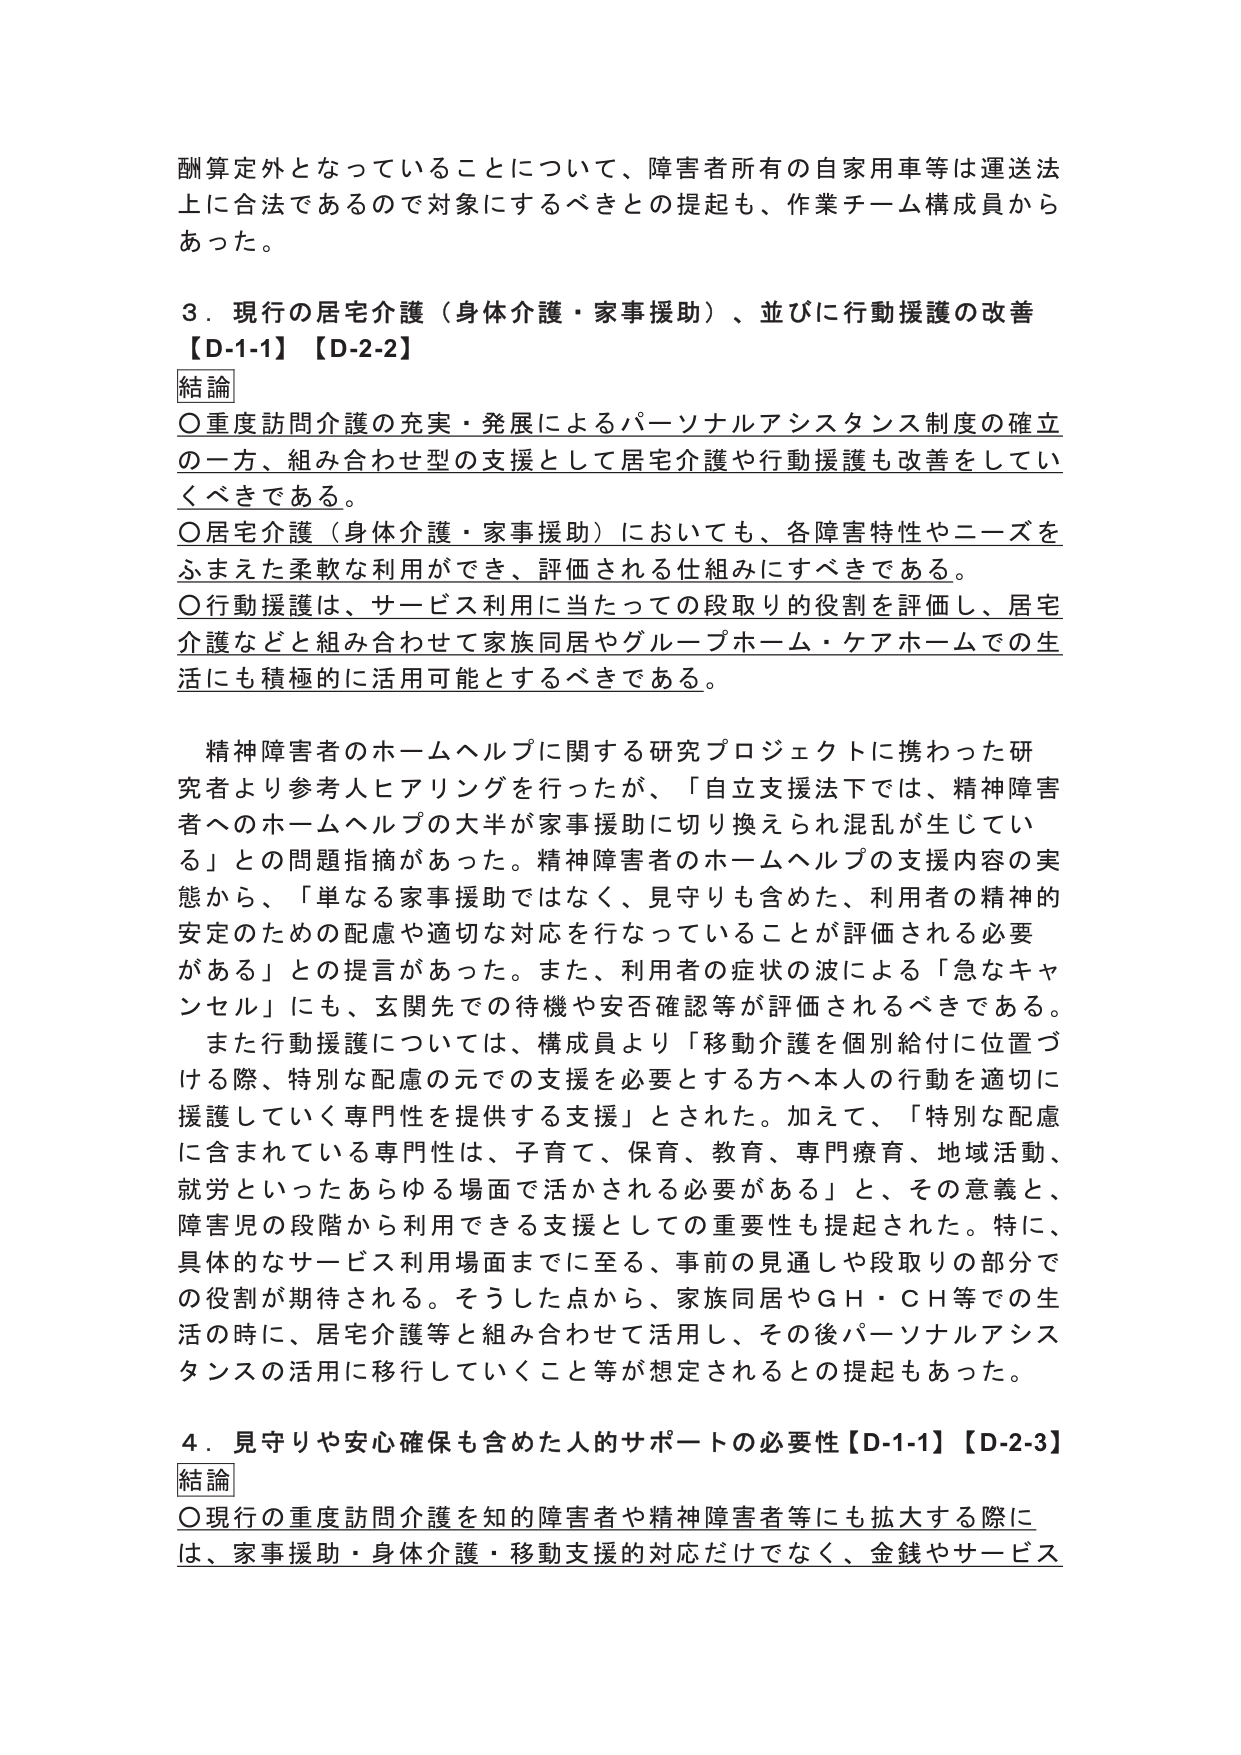
酬算定外となっていることについて、障害者所有の自家用車等は運送法上に合法であるので対象にするべきとの提起も、作業チーム構成員からあった。

３．現行の居宅介護（身体介護・家事援助）、並びに行動援護の改善
【D-1-1】【D-2-2】

結論
〇重度訪問介護の充実・発展によるパーソナルアシスタンス制度の確立の一方、組み合わせ型の支援として居宅介護や行動援護も改善をしていくべきである。
〇居宅介護（身体介護・家事援助）においても、各障害特性やニーズをふまえた柔軟な利用ができ、評価される仕組みにすべきである。
〇行動援護は、サービス利用に当たっての段取り的役割を評価し、居宅介護などと組み合わせて家族同居やグループホーム・ケアホームでの生活にも積極的に活用可能とするべきである。

精神障害者のホームヘルプに関する研究プロジェクトに携わった研究者より参考人ヒアリングを行ったが、「自立支援法下では、精神障害者へのホームヘルプの大半が家事援助に切り換えられ混乱が生じている」との問題指摘があった。精神障害者のホームヘルプの支援内容の実態から、「単なる家事援助ではなく、見守りも含めた、利用者の精神的安定のための配慮や適切な対応を行なっていることが評価される必要がある」との提言があった。また、利用者の症状の波による「急なキャンセル」にも、玄関先での待機や安否確認等が評価されるべきである。
また行動援護については、構成員より「移動介護を個別給付に位置づける際、特別な配慮の元での支援を必要とする方へ本人の行動を適切に援護していく専門性を提供する支援」とされた。加えて、「特別な配慮に含まれている専門性は、子育て、保育、教育、専門療育、地域活動、就労といったあらゆる場面で活かされる必要がある」と、その意義と、障害児の段階から利用できる支援としての重要性も提起された。特に、具体的なサービス利用場面までに至る、事前の見通しや段取りの部分での役割が期待される。そうした点から、家族同居やGH・CH等での生活の時に、居宅介護等と組み合わせて活用し、その後パーソナルアシスタンスの活用に移行していくこと等が想定されるとの提起もあった。

４．見守りや安心確保も含めた人的サポートの必要性【D-1-1】【D-2-3】

結論
〇現行の重度訪問介護を知的障害者や精神障害者等にも拡大する際には、家事援助・身体介護・移動支援的対応だけでなく、金銭やサービス